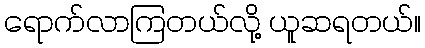
ရောက်လာကြတယ်လို့ ယူဆရတယ်။